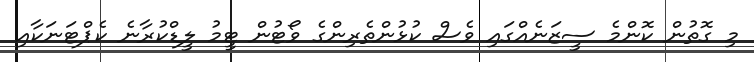
މި ގޮތުން ކޮންމެ ސީޒަނެއްގައި ވެސް ކުޅުންތެރިންގެ ވޯޓުން ޓީމު ލީޑްކުރާނެ ކެޕްޓަނަކާއި